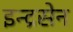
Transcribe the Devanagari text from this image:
इन्द्रसेन